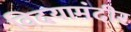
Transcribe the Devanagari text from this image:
विदयामंदीर